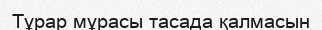
Тұрар мұрасы тасада қалмасын